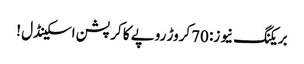
بریکنگ نیوز: 70کروڑ روپے کا کرپشن اسکینڈل !